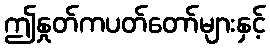
ဤနှုတ်ကပတ်တော်များနှင့်